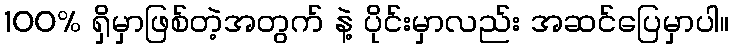
100% ရှိမှာဖြစ်တဲ့အတွက် နဲ့ ပိုင်းမှာလည်း အဆင်ပြေမှာပါ။